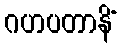
ဂဟပတာနိံ